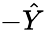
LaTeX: -\hat{Y}